Report on sanitation, dispensaries, and jails in Rajputana for 1921, and on vaccination for the year 1921-1922 - 1921-1922
Year: 1921
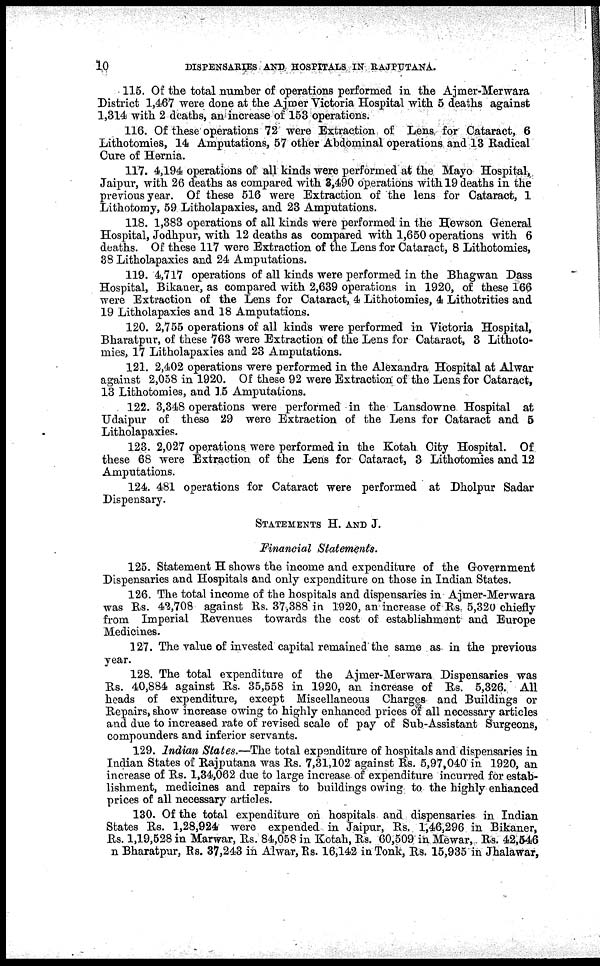
10
DISPENSARIES AND HOSPITALS IN RAJPUTANA.
115. Of the total number of operations performed in the Ajmer-Merwara
District 1,467 were done at the Ajmer Victoria Hospital with 5 deaths against
1,314 with 2 deaths, an increase of 153 operations.
116. Of these operations 72 were Extraction of Lens, for Cataract, 6
Lithotomies, 14 Amputations, 57 other Abdominal operations and 13 Radical
Cure of Hernia.
117. 4,194 operations of all kinds were performed at the Mayo Hospital,
Jaipur, with 26 deaths as compared with 3,490 operations with 19 deaths in the
previous year. Of these 516 were Extraction of the lens for Cataract, 1
Lithotomy, 59 Litholapaxies, and 23 Amputations.
118. 1,383 operations of all kinds were performed in the Hewson General
Hospital, Jodhpur, with 12 deaths as compared with 1,650 operations with 6
deaths. Of these 117 were Extraction of the Lens for Cataract, 8 Lithotomies,
38 Litholapaxies and 24 Amputations.
119. 4,717 operations of all kinds were performed in the Bhagwan Dass
Hospital, Bikaner, as compared with 2,639 operations in 1920, of these 166
were Extraction of the Lens for Cataract, 4 Lithotomies, 4 Lithotrities and
19 Litholapaxies and 18 Amputations.
120. 2,755 operations of all kinds were performed in Victoria Hospital,
Bharatpur, of these 763 were Extraction of the Lens for Cataract, 3 Lithoto-
mies, 17 Litholapaxies and 23 Amputations.
121. 2,402 operations were performed in the Alexandra Hospital at Alwar
against 2,058 in 1920. Of these 92 were Extraction of the Lens for Cataract,
13 Lithotomies, and 15 Amputations.
122. 3,348 operations were performed in the Lansdowne Hospital at
Udaipur of these 29 were Extraction of the Lens for Cataract and 5
Litholapaxies.
123. 2,027 operations were performed in the Kotah City Hospital. Of
these 68 were Extraction of the Lens for Cataract, 3 Lithotomies and 12
Amputations.
124. 481 operations for Cataract were performed at Dholpur Sadar
Dispensary.
STATEMENTS H. AND J.
Financial Statements.
125. Statement H shows the income and expenditure of the Government
Dispensaries and Hospitals and only expenditure on those in Indian States.
126. The total income of the hospitals and dispensaries in Ajmer-Merwara
was Rs. 42,708 against Rs. 37,388 in 1920, an increase of Rs. 5,320 chiefly
from Imperial Revenues towards the cost of establishment and Europe
Medicines.
127. The value of invested capital remained the same as in the previous
year.
128. The total expenditure of the Ajmer-Merwara Dispensaries was
Rs. 40,884 against Rs. 35,558 in 1920, an increase of Rs. 5,326. All
heads of expenditure, except Miscellaneous Charges and Buildings or
Repairs, show increase owing to highly enhanced prices of all necessary articles
and due to increased rate of revised scale of pay of Sub-Assistant Surgeons,
compounders and inferior servants.
129. Indian States.—The total expenditure of hospitals and dispensaries in
Indian States of Rajputana was Rs. 7,31,102 against Rs. 5,97,040 in 1920, an
increase of Rs. 1,34,062 due to large increase of expenditure incurred for estab-
lishment, medicines and repairs to buildings owing to the highly enhanced
prices of all necessary articles.
130. Of the total expenditure on hospitals and dispensaries in Indian
States Rs. 1,28,924 were expended in Jaipur, Rs. 1,46,296 in Bikaner,
Rs. 1,19,528 in Marwar, Rs. 84,058 in Kotah, Rs. 60,509 in Mewar, Rs. 42,546
n Bharatpur, Rs. 37,243 in Alwar, Rs. 16,142 in Tonk, Rs. 15,935 in Jhalawar,